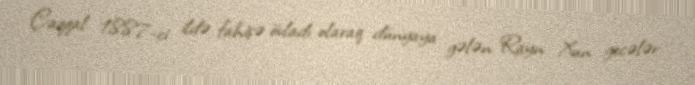
Çaqqal: 1887-ci ildə fahişə övladı olaraq dünyaya gələn Rayn Xun gecələr